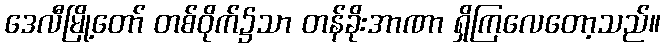
ဒေလီမြို့တော် တစ်ဝိုက်၌သာ တန်ခိုးအာဏာ ရှိကြလေတော့သည်။